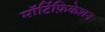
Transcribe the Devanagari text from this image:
मॉर्टिफ़िकेशन